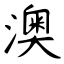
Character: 澳